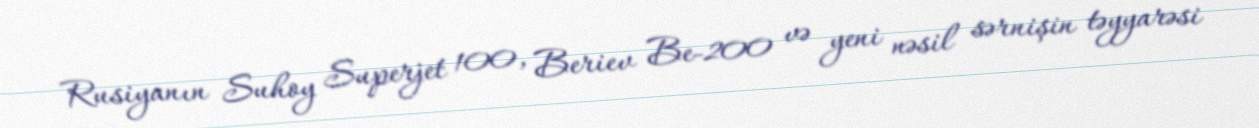
Rusiyanın Suhoy Superjet 100, Beriev Be-200 və yeni nəsil sərnişin təyyarəsi